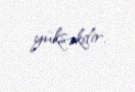
yüksəkdir.